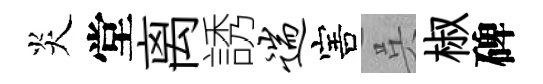
炎堂离誘遄害呉椒碑